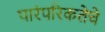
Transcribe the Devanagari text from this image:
पारंपरिकतेचे